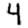
Digit: 4